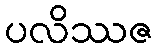
ပလိဿဇ